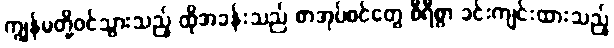
ကျွန်မတို့ဝင်သွားသည့် ထိုအခန်းသည် စာအုပ်စင်တွေ စီရီစွာ ခင်းကျင်းထားသည့်